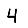
Digit: 4